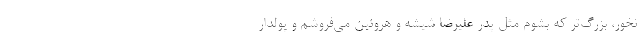
نخور، بزرگ‌تر که بشوم مثل پدر علیرضا شیشه و هروئین می‌فروشم و پولدار